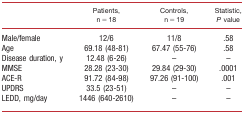
|  | Patients, n = 18 | Controls, n = 19 | Statistic, P value |
 | --- | --- | --- | --- |
 | Male/female | 12/6 | 11/8 | .58 |
 | Age | 69.18 (48‐81) | 67.47 (55‐76) | .58 |
 | Disease duration, y | 12.48 (6‐26) | – | – |
 | MMSE | 28.28 (23‐30) | 29.84 (29‐30) | .0001 |
 | ACE‐R | 91.72 (84‐98) | 97.26 (91‐100) | .001 |
 | UPDRS | 33.5 (23‐51) | – | – |
 | LEDD, mg/day | 1446 (640‐2610) | – | – |